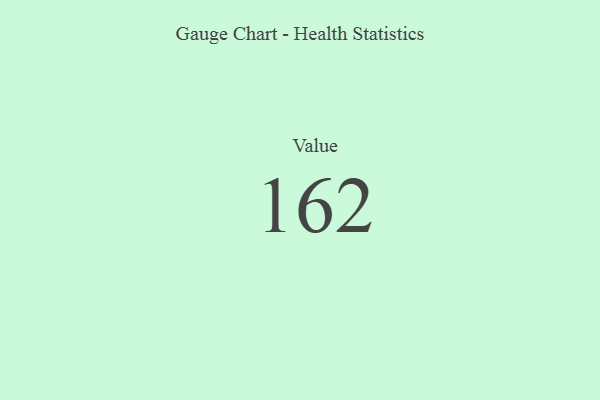
{"axis": {"x": "Metric", "y": "Value"}, "legend": [""], "data": [{"x": "Value", "y": 162, "type": ""}]}